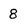
Character: 8